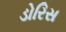
ડોરિસ